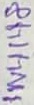
Text: 1N4148